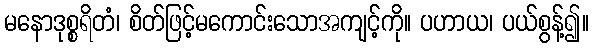
မနောဒုစ္စရိတံ၊ စိတ်ဖြင့်မကောင်းသောအကျင့်ကို။ ပဟာယ၊ ပယ်စွန့်၍။